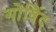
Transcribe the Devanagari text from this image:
गोविेंद